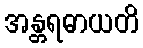
အန္တရဓာယတိ